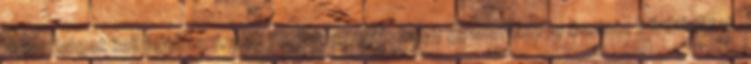
bizottságot kell felállítani, akik megvizsgálják, hogy gyakorolsz-e őszinte bűnbánatot,